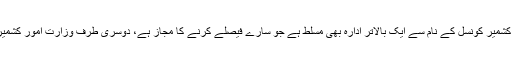
یہ حکومت نا صرف نا اہل، بد کردار ہے بلکہ بے اختیار بھی، اس پر کشمیر کونسل کے نام سے ایک بالاتر ادارہ بھی مسلط ہے جو سارے فیصلے کرنے کا مجاز ہے، دوسری طرف وزارتِ امور کشمیر اور لینٹ آفیسران اس ڈھکوسلہ حکومت کا مذاق اڑانے کا موجب ہیں۔